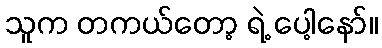
သူက တကယ်တော့ ရဲ့ ပေါ့နော်။